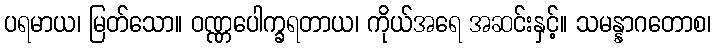
ပရမာယ၊ မြတ်သော။ ဝဏ္ဏပေါက္ခရတာယ၊ ကိုယ်အရေ အဆင်းနှင့်။ သမန္နာဂတောစ၊